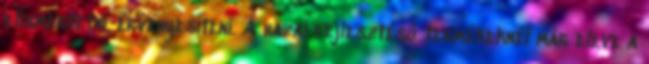
elismertetni, érvényesíteni. A hazai fejlesztésű termékeknél már eleve a